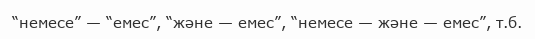
“немесе” — “емес”, “және — емес”, “немесе — және — емес”, т.б.